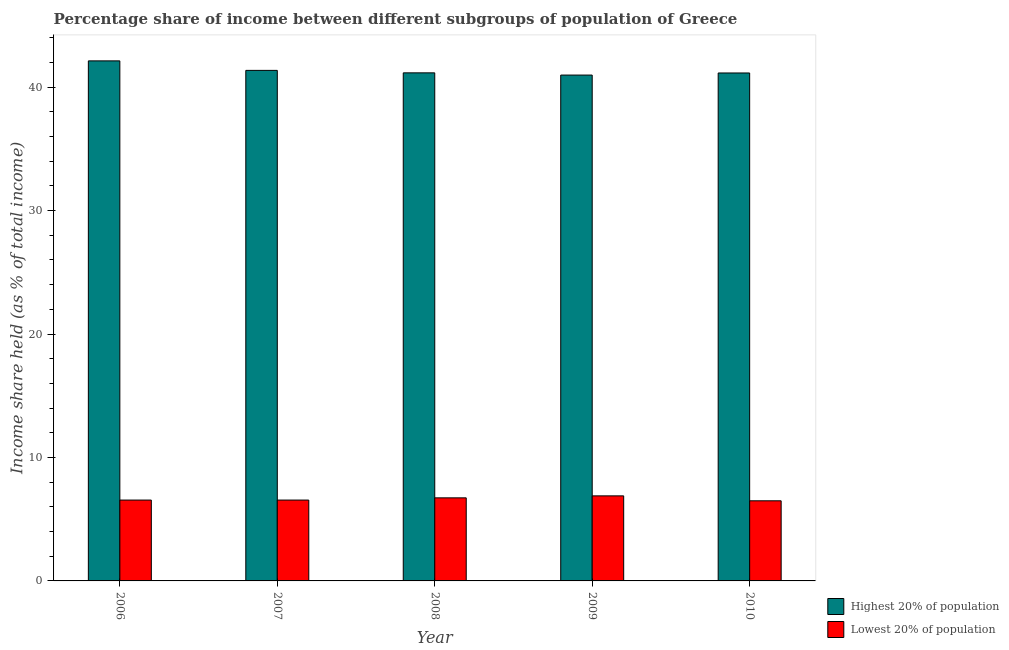
| Year | Highest 20% of population | Lowest 20% of population |
 | --- | --- | --- |
 | 2006 | 42.1 | 6.55 |
 | 2007 | 41.4 | 6.55 |
 | 2008 | 41.2 | 6.73 |
 | 2009 | 41 | 6.89 |
 | 2010 | 41.1 | 6.49 |